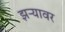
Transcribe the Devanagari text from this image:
झऱ्यावर